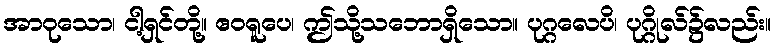
အာဝုသော၊ ငါ့ရှင်တို့။ ဧဝရူပေ၊ ဤသို့သဘောရှိသော။ ပုဂ္ဂလေပိ၊ ပုဂ္ဂိုလ်၌လည်း။